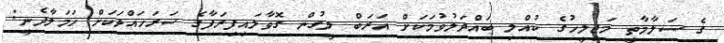
ގެ ސަލާމާތީ މަޖިލީހުގެ ކުއްލި ބައްދަލުވުމަކަށް އަރަބް ލީގުން ގޮވާލައިފިރަފާގެ ސަރަހައްދަކަށް ހަމަލާދެނީ: